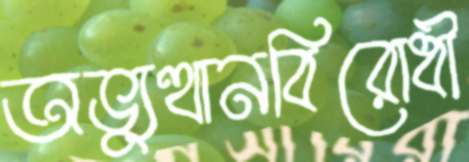
অভ্যুত্থানবিরোধী